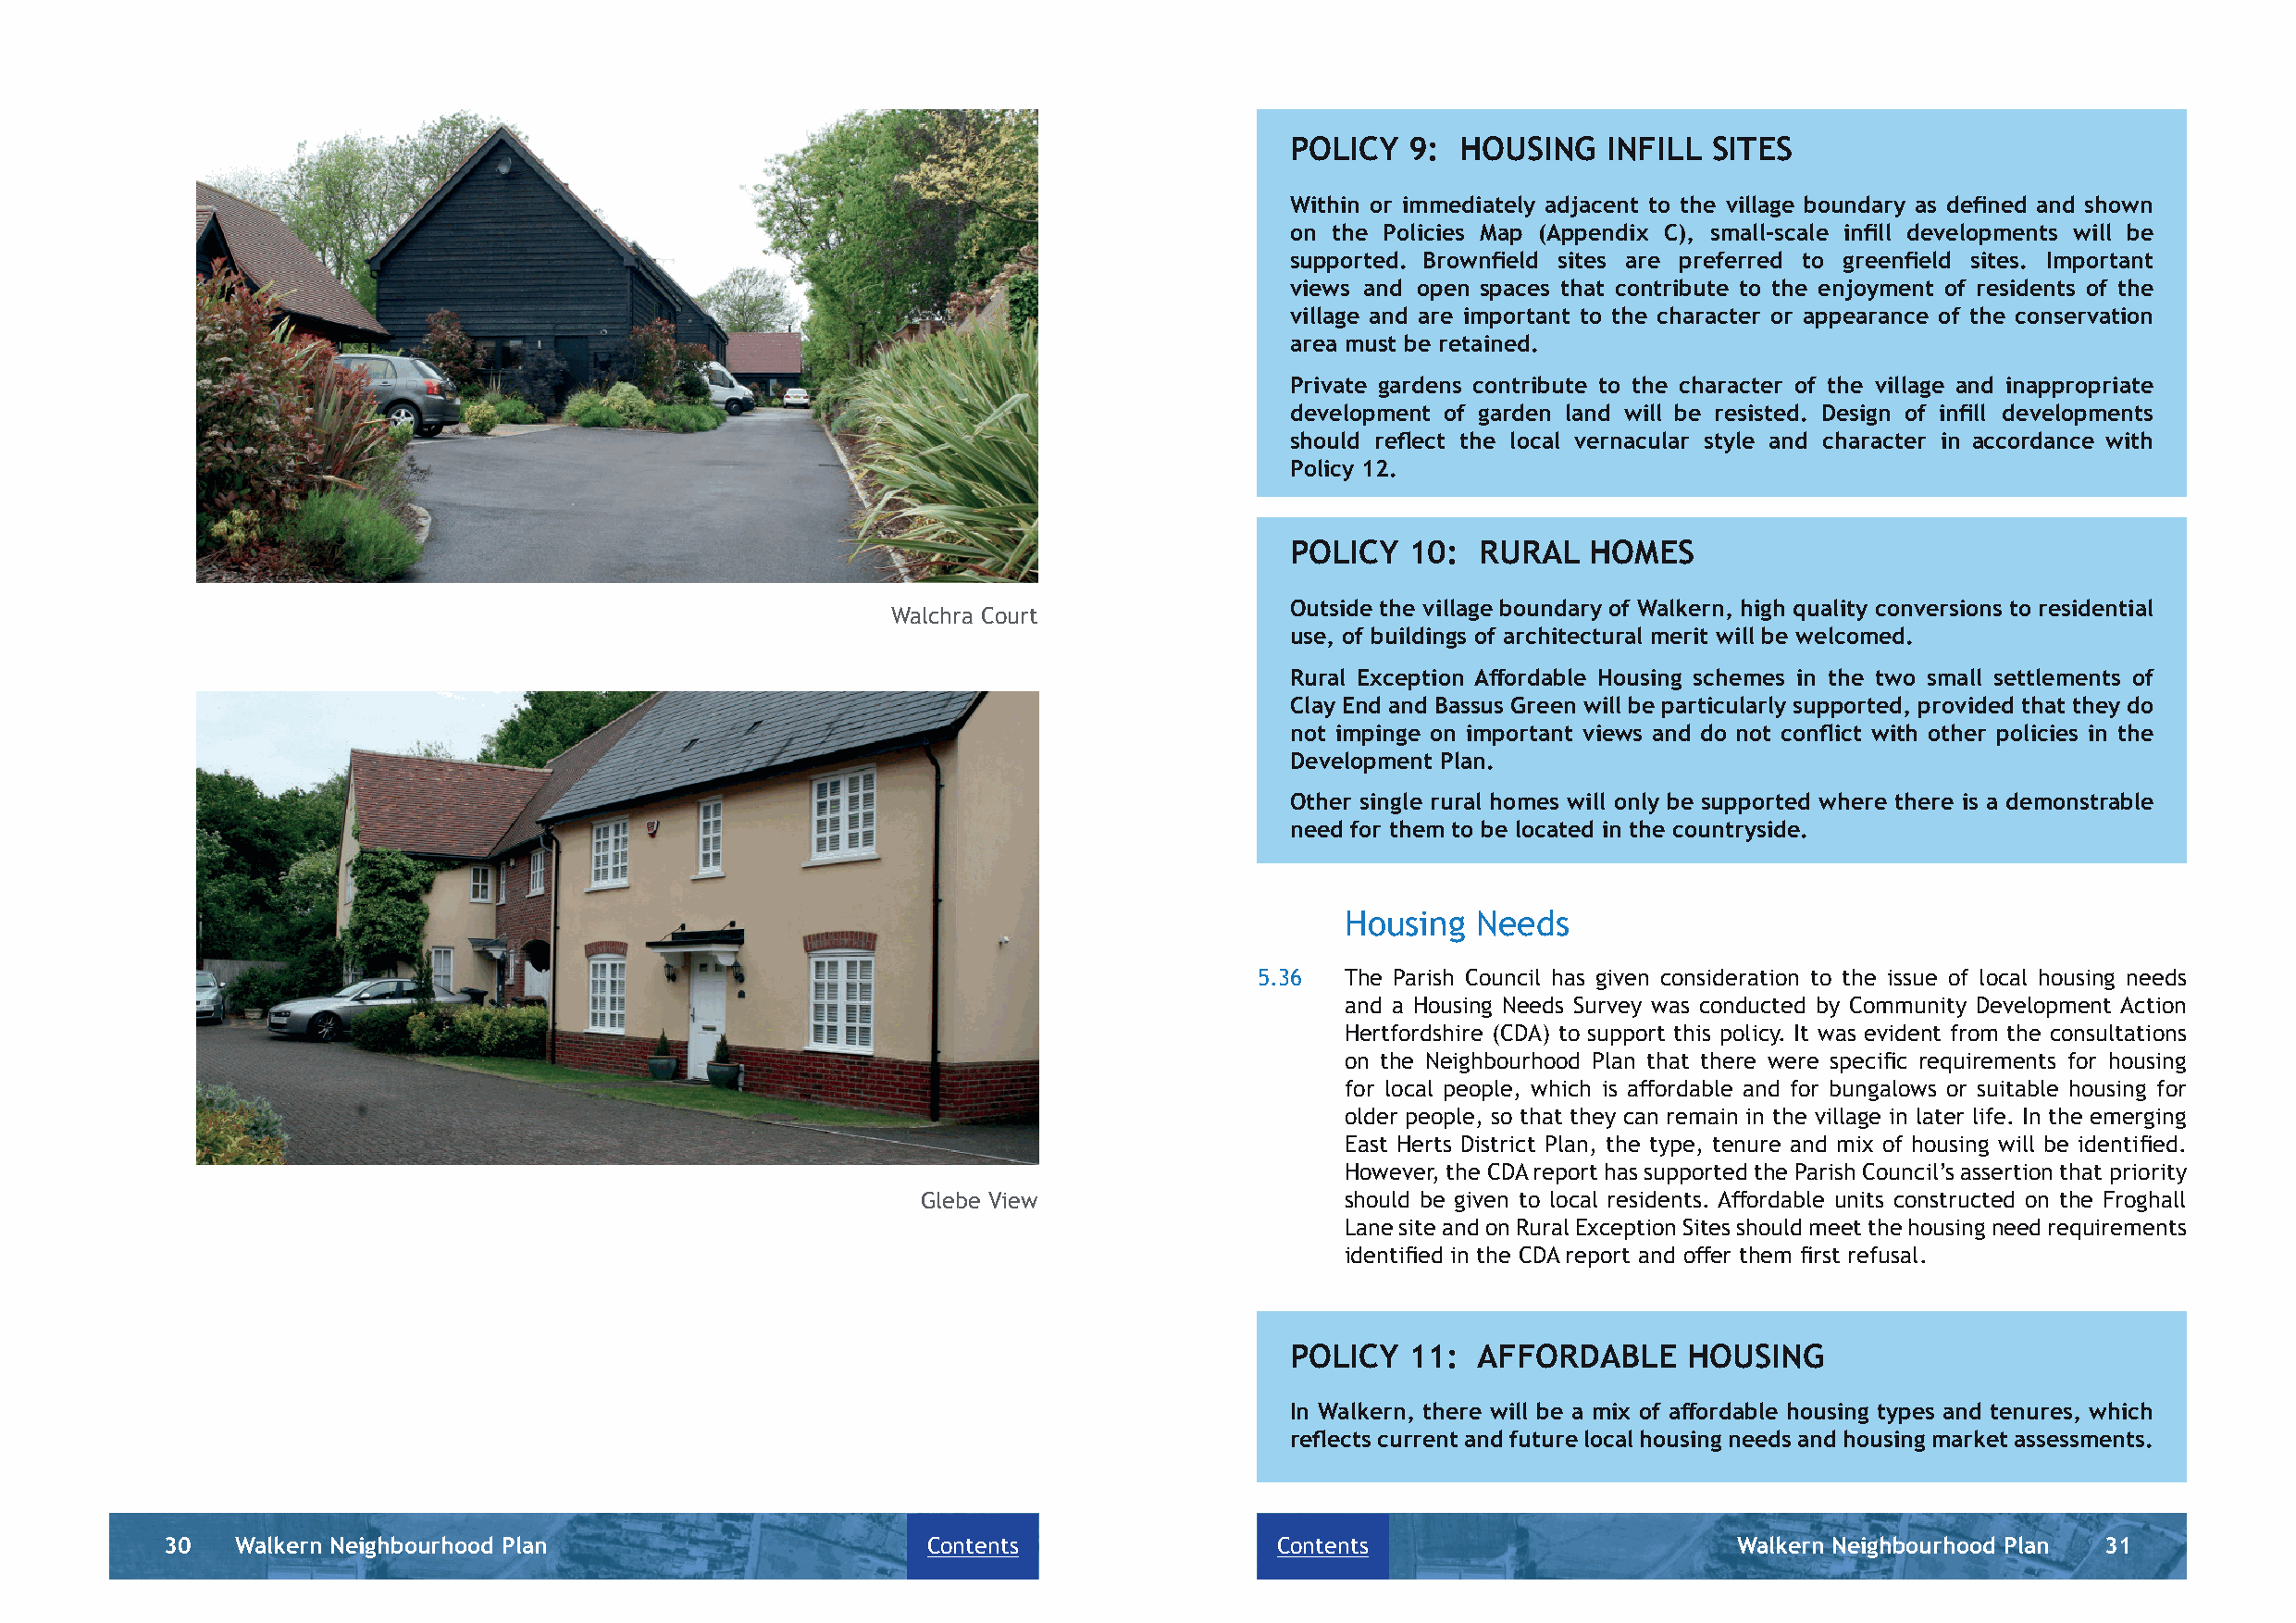
POLICY   9: HOUSING    INFILL SITES
 Within or immediately adjacent to the village boundary as defined and shown
 on the Policies Map (Appendix C), small-scale infill developments will be
 supported. Brownfield sites are preferred to greenfield sites. Important
 views and open spaces that contribute to the enjoyment of residents of the
 village and are important to the character or appearance of the conservation
 area must be retained.
 Private gardens contribute to the character of the village and inappropriate
 development of garden land will be resisted. Design of infill developments
 should reflect the local vernacular style and character in accordance with
 Policy 12.
 POLICY   10:  RURAL   HOMES
 Outside the village boundary of Walkern, high quality conversions to residential
 Walchra Court
 use, of buildings of architectural merit will be welcomed.
 Rural Exception Aff ordable Housing schemes in the two small settlements of
 Clay End and Bassus Green will be particularly supported, provided that they do
 not impinge on important views and do not confl ict with other policies in the
 Development Plan.
 Other single rural homes will only be supported where there is a demonstrable
 need for them to be located in the countryside.
 Housing   Needs
 5.36  The Parish Council has given consideration to the issue of local housing needs
 and a Housing Needs Survey was conducted by Community Development Action
 Hertfordshire (CDA) to support this policy. It was evident from the consultations
 on the Neighbourhood Plan that there were specifi c requirements for housing
 for local people, which is aff ordable and for bungalows or suitable housing for
 older people, so that they can remain in the village in later life. In the emerging
 East Herts District Plan, the type, tenure and mix of housing will be identifi ed.
 However, the CDA report has supported the Parish Council’s assertion that priority
 Glebe View                    should be given to local residents. Aff ordable units constructed on the Froghall
 Lane site and on Rural Exception Sites should meet the housing need requirements
 identifi ed in the CDA report and off er them fi rst refusal.
 POLICY   11:  AFFORDABLE     HOUSING
 In Walkern, there will be a mix of aff ordable housing types and tenures, which
 refl ects current and future local housing needs and housing market assessments.
 30   Walkern Neighbourhood Plan                       Contents                 Contents                         Walkern Neighbourhood Plan 31